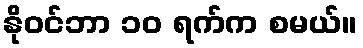
နိုဝင်ဘာ ၁၀ ရက်က စမယ်။